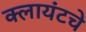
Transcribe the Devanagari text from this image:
क्लायंटचे